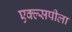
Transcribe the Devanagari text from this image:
एक्ल्सपीला